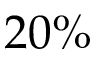
2 0 \%